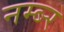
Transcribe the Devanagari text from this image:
नम्ब्र्‍र